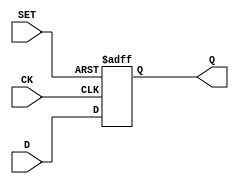
module DFF(
  input CK,
  input SET,
  input D,
  output reg Q
);
  always @(posedge CK or posedge SET) begin
    if (SET) begin
      Q <= 1;
    end else begin
      Q <= D; 
    end
  end

endmodule